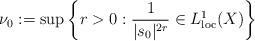
LaTeX: \begin{align*}\nu_0:= \sup\left\{r> 0: \frac{1}{|s_{0}|^{2r}}\in L^1_{\rm loc}(X)\right\} \end{align*}